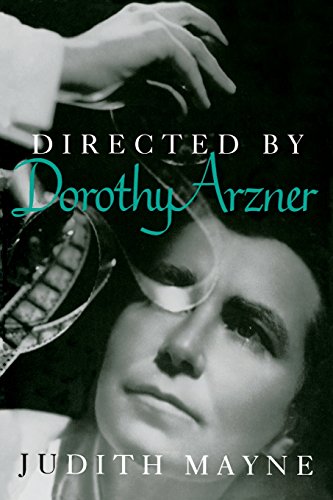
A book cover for Directed by Dorothy Arzner (Women Artists in Film); Judith Mayne; Gay & Lesbian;